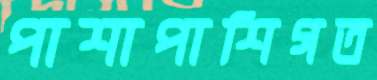
পাশাপাশিগত